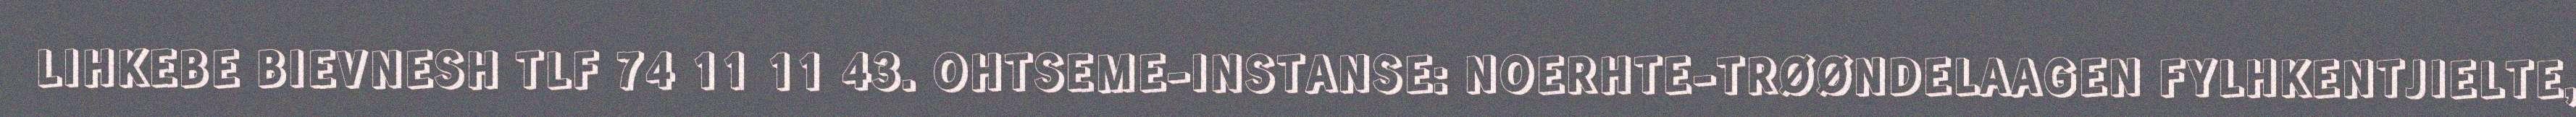
LIHKEBE BIEVNESH TLF 74 11 11 43. OHTSEME-INSTANSE: NOERHTE-TRØØNDELAAGEN FYLHKENTJIELTE,